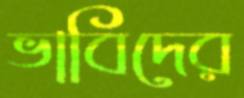
ভাবিদের